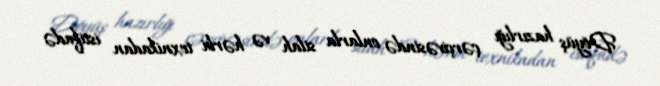
Döyüş hazırlığı çərçivəsində onlarla silah və hərbi texnikadan istifadə